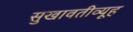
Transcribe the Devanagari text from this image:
सुखावतीव्यूह